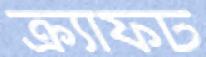
ক্র্যাফট